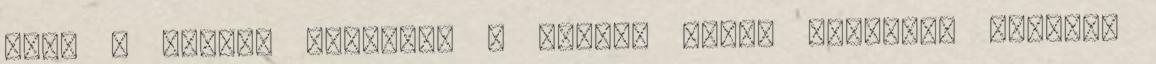
mint a blogok esetében a címke. Mivel rengeteg témában